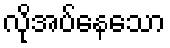
လိုအပ်နေသော